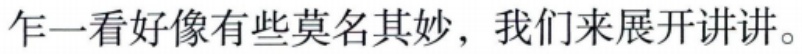
乍一看好像有些莫名其妙，我们来展开讲讲。